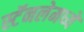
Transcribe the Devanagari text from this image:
स्टॅनलेमध्ये